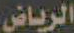
الرياض